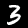
Digit: 3